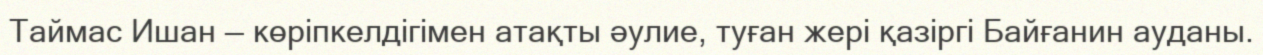
Таймас Ишан — көріпкелдігімен атақты әулие, туған жері қазіргі Байғанин ауданы.